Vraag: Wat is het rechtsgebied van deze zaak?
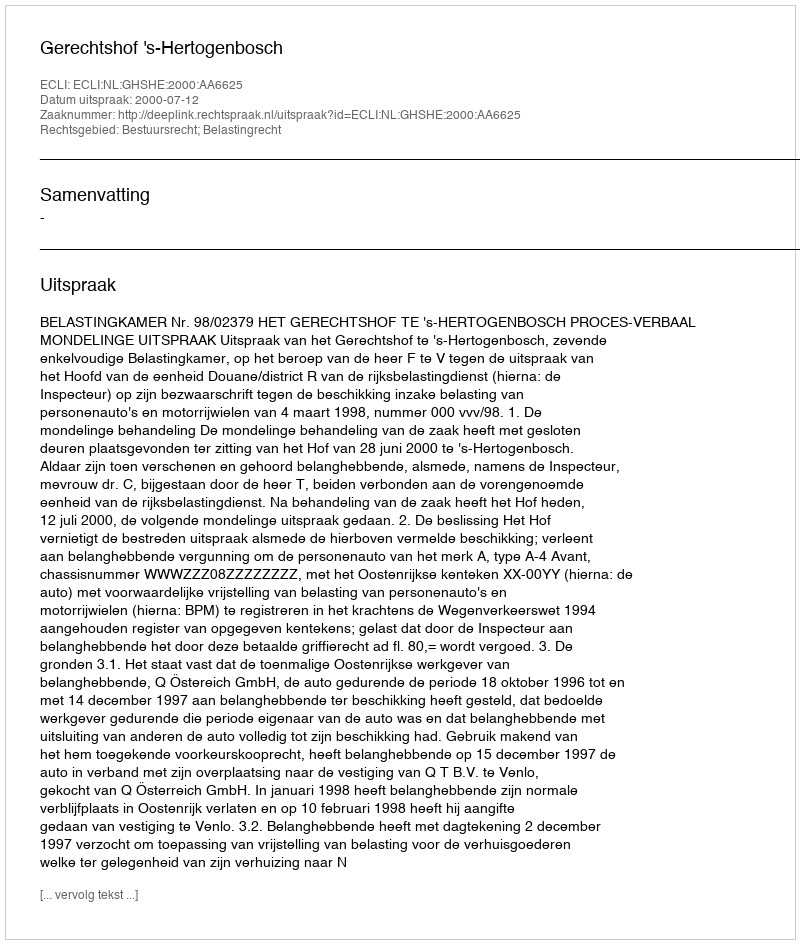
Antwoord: Bestuursrecht; Belastingrecht